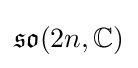
{\mathfrak {so}}(2n,\mathbb {C} )